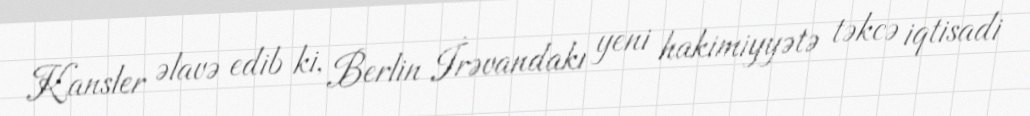
Kansler əlavə edib ki, Berlin İrəvandakı yeni hakimiyyətə təkcə iqtisadi